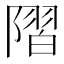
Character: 𨻸